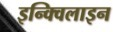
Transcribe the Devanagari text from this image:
इन्क्विलाइन